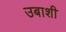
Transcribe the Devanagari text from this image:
उबाशी